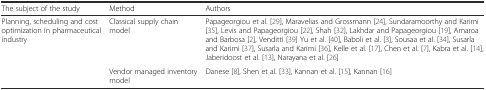
<table><thead><tr><td><b>The subject of the study</b></td><td><b>Method</b></td><td><b>Authors</b></td></tr></thead><tbody><tr><td rowspan="2">Planning, scheduling and cost optimization in pharmaceutical industry</td><td>Classical supply chain model</td><td>Papageorgiou et al. [29], Maravelias and Grossmann [24], Sundaramoorthy and Karimi [35], Levis and Papageorgiou [22], Shah [32], Lakhdar and Papageorgiou [19], Amaroa and Barbosa [2], Venditti [39] Yu et al. [40], Baboli et al. [3], Sousaa et al. [34], Susarla and Karimi [37], Susarla and Karimi [36], Kelle et al. [17], Chen et al. [7], Kabra et al. [14], Jaberidoost et al. [13], Narayana et al. [26]</td></tr><tr><td>Vendor managed inventory model</td><td>Danese [8], Shen et al. [33], Kannan et al. [15], Kannan [16]</td></tr></tbody></table>